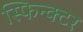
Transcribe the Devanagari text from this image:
स्फिन्क्टर